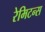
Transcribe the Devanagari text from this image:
रेमिटन्स